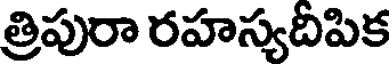
త్రిపురా రహస్యదీపిక